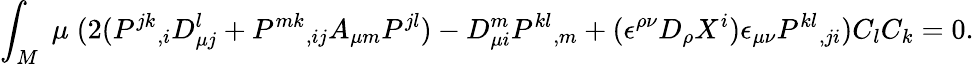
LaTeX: \int_{M}\; \mu\; (2(P^{jk}{}_{,i}D_{\mu j}^{l}+P^{mk}{}_{,ij}A_{\mu m}P^{jl})-D_{\mu i}^{m}P^{kl}{}_{,m}+(\epsilon^{\rho\nu}D_{\rho}X^{i})\epsilon_{\mu\nu}P^{kl}{}_{,ji})C_{l}C_{k}=0.